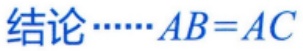
结论\(\cdots\cdots AB = AC\)